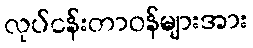
လုပ်ငန်းတာဝန်များအား